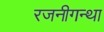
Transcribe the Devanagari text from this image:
रजनीगन्था